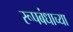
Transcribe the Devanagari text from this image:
रूपबंधाच्या